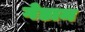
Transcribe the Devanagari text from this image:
गेडाम